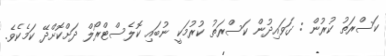
ކަސްރަތު ކުރުން : ގަވައިދުން ކަސްރަތު ކުރުމަކީ ނުބައި ކޮލެސްޓްރޯލް ދަށްކޮށްދޭ ކަމެކެވެ.